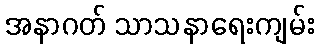
အနာဂတ် သာသနာရေးကျမ်း